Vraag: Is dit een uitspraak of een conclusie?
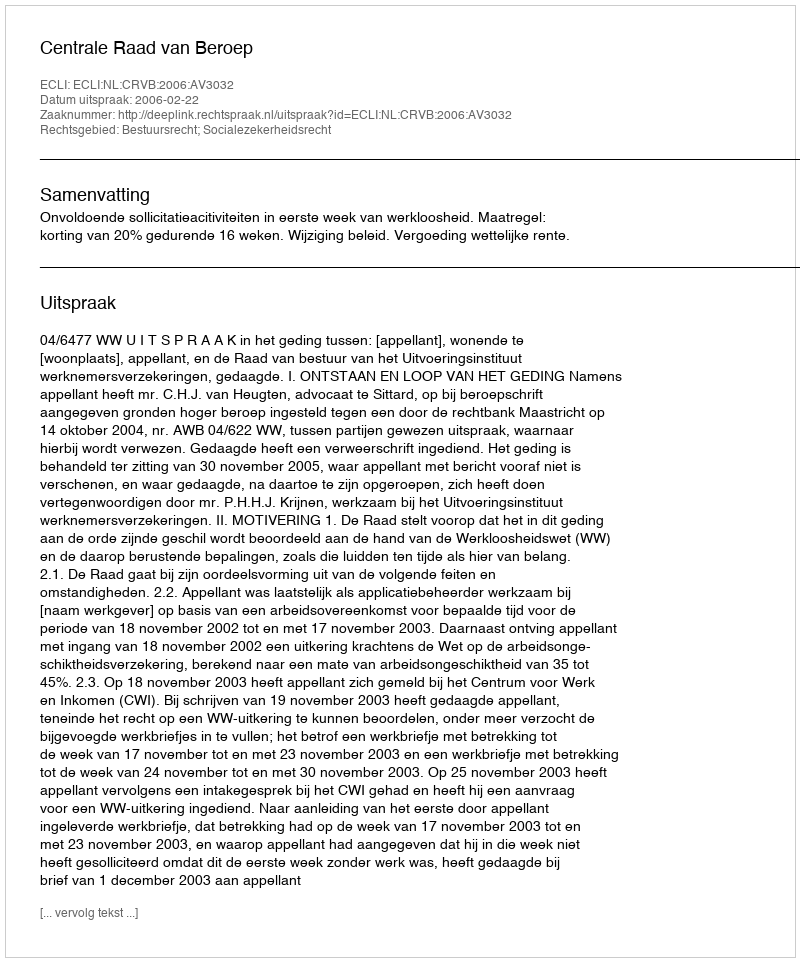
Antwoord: Uitspraak